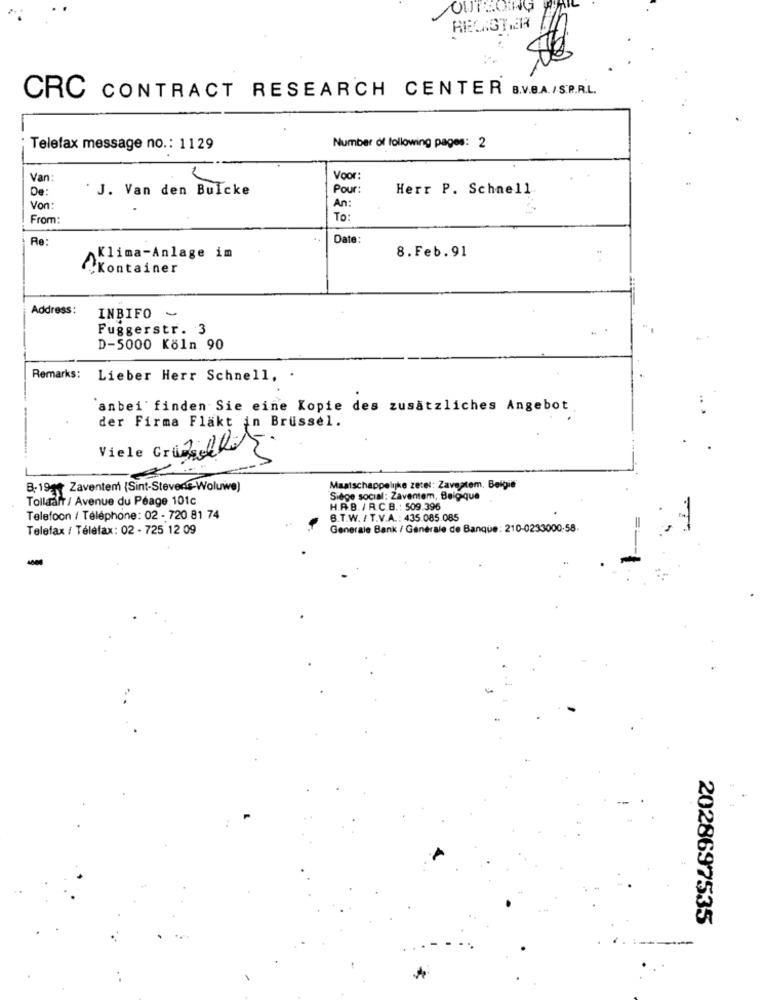
OUTROING
REGISTER
CRC CONTRACT RESEARCH CENTER B.V.B.A./S.R.R.L.
Telefax message no .: 1129
Number of following pages: 2
Van
Voor:
De:
J. Van den BuIcke
Pour:
Herr P. Schnell
Von:
An:
From:
To:
Re:
Date:
Klima-Anlage im
8.Feb.91
Kontainer
Address:
INBIFO -
Fuggerstr. 3
D-5000 Köln 90
Remarks:
Lieber Herr Schnell. .
anbei finden Sie eine Kopie des zusätzliches Angebot
der Firma Fläkt in Brussel.
Viele Cruzeks
B:19gy Zaventem (Sint-Stevens-Woluwe)
Maatschappelijke zetel: Zaventem. Belgie
Tollaalt / Avenue du Péage 101c
Siège social: Zaventem, Belgique
H.A.B. / R.C.B. : 509.396
Telefoon / Téléphone : 02 - 720 81 74
B.T.W. / T.V.A .: 435 085.085
Telefax / Telefax: 02 - 725 12 09
Generale Bank / Générale de Banque : 210-0233000-58.
-
2028697535